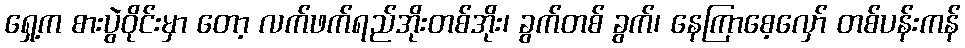
ရှေ့က စားပွဲဝိုင်းမှာ တော့ လက်ဖက်ရည်အိုးတစ်အိုး၊ ခွက်တစ် ခွက်၊ နေကြာစေ့လှော် တစ်ပန်းကန်